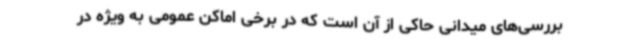
بررسی‌های میدانی حاکی از آن است که در برخی اماکن عمومی به ویژه در